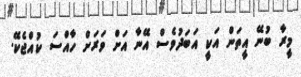
މީރާ ބުނޭ އީތަން އަކީ އަބަދުވެސް އޭނާ އަށް ވަރަށް ހާއްސަ ކުއްޖެކޭ.